Civil Veterinary Department Bengal reports 1933-51 - 1933-1951
Year: 1933
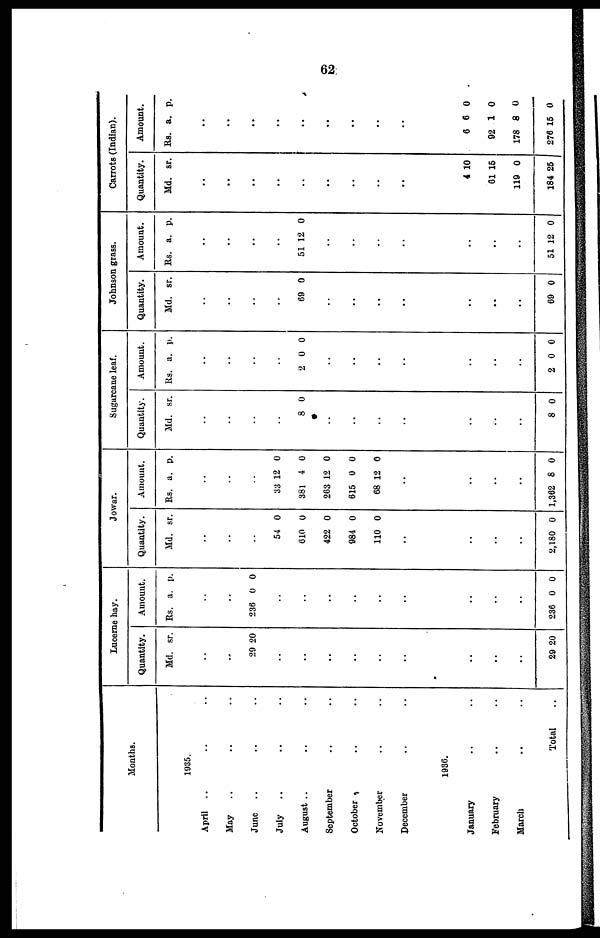
62
Months.
1935.
April ..
May ..
June ..
July
..
August ..
September
October
November
December
..
..
..
..
..
..
..
..
..
..
..
..
..
..
..
..
..
..
1936.
January
February
March
..
..
..
Total
..
..
..
Lucerne hay.
Quantity.
Md. sr.
..
..
29 20
..
..
..
..
..
..
..
..
..
29 2 0
Amount.
Rs. a. p.
..
..
236 0 0
..
..
..
..
..
..
..
..
..
236 0 0
Jowar.
Quantity.
Md. sr.
..
..
..
54
610
422
984
110
0
0
0
0
0
..
..
..
..
2,180 0
Amount.
Rs. a. p.
..
..
..
33
381
263
615
68
12
4
12
0
12
0
0
0
0
0
..
..
..
..
1,362 8 0
Sugarcane leaf.
Quantity.
Md. sr.
..
..
..
..
8 0
..
..
..
..
..
..
..
8 0
Amount.
Rs. a. p.
..
..
..
..
2 0 0
..
..
..
..
..
..
..
2 0 0
Johnson grass.
Quantity.
Md. sr.
..
..
..
..
69 0
..
..
..
..
..
..
..
69 0
Amount.
Rs. a. p.
..
..
..
..
51 12 0
..
..
..
..
..
..
..
51 12 0
Carrots (Indian).
Quantity.
Md. sr.
..
..
..
..
..
..
..
..
..
4
61
119
184
10
15
0
25
Amount.
Rs. a. p.
..
..
..
..
..
..
..
..
..
6
92
178
276
6
1
8
15
0
0
0
0